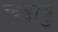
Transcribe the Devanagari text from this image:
कदावु